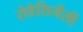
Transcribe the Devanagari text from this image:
रोडेसियेंसी